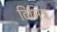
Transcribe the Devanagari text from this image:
दिमित्र